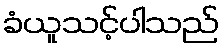
ခံယူသင့်ပါသည်